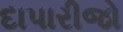
દાપારીજો